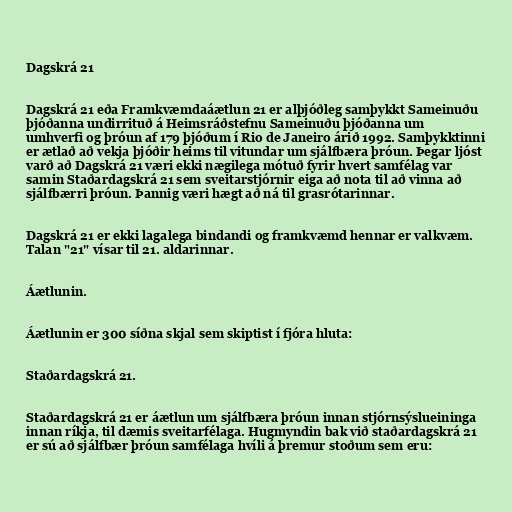
Dagskrá 21

Dagskrá 21 eða Framkvæmdaáætlun 21 er alþjóðleg samþykkt Sameinuðu
þjóðanna undirrituð á Heimsráðstefnu Sameinuðu þjóðanna um
umhverfi og þróun af 179 þjóðum í Rio de Janeiro árið 1992. Samþykktinni
er ætlað að vekja þjóðir heims til vitundar um sjálfbæra þróun. Þegar ljóst
varð að Dagskrá 21 væri ekki nægilega mótuð fyrir hvert samfélag var
samin Staðardagskrá 21 sem sveitarstjórnir eiga að nota til að vinna að
sjálfbærri þróun. Þannig væri hægt að ná til grasrótarinnar.

Dagskrá 21 er ekki lagalega bindandi og framkvæmd hennar er valkvæm.
Talan "21" vísar til 21. aldarinnar.

Áætlunin.

Áætlunin er 300 síðna skjal sem skiptist í fjóra hluta:

Staðardagskrá 21.

Staðardagskrá 21 er áætlun um sjálfbæra þróun innan stjórnsýslueininga
innan ríkja, til dæmis sveitarfélaga. Hugmyndin bak við staðardagskrá 21
er sú að sjálfbær þróun samfélaga hvíli á þremur stoðum sem eru: